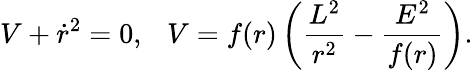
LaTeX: V+\dot{r}^{2}=0,~~~V=f(r)\left(\frac{L^{2}}{r^{2}}-\frac{E^{2}}{f(r)}\right).